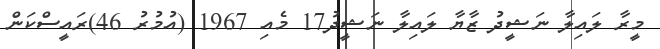
މީރާ ލައިލާ ނަޝީދު ޒާޔާ ލައިލާ ނަޝީދު17 މެއި 1967 (އުމުރު 46)ރައީސްކަން